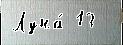
Луна́ 13